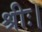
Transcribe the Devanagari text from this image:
श्रीः।